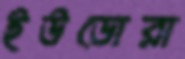
ইউডোরা